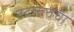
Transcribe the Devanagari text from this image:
उदात्ततेचा